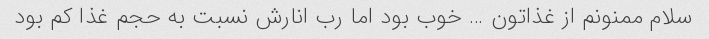
سلام ممنونم از غذاتون … خوب بود اما رب انارش نسبت به حجم غذا کم بود